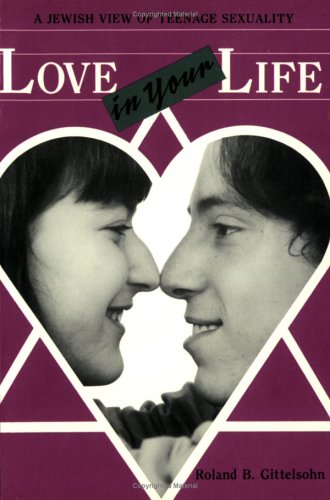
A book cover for Love in Your Life: A Jewish View of Teenage Sexuality; Roland Bertram Gittelsohn; Teen & Young Adult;